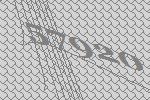
57920